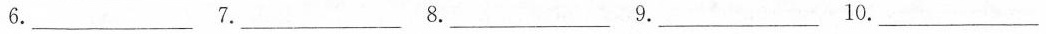
6___ 7.___ 8.___ 9.___ 10.___